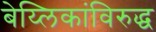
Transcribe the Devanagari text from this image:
बेय्लिकांविरुद्ध